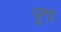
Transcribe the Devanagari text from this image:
पूगा